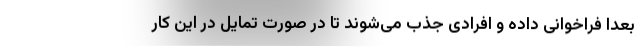
بعدا فراخوانی داده و افرادی جذب می‌شوند تا در صورت تمایل در این کار